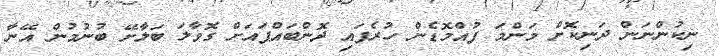
ނިކުންނަން ދަނިކޮށް މަންމަ ފުއްމޮޑެން ހުރެފައި ދޮންބައްޕައަށް ގޮވާލަ ބަލާށޭ ބުނުމުން އޭނާ